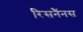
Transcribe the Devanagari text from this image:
रिसनैंनस